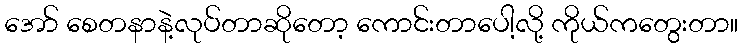
အော် စေတနာနဲ့လုပ်တာဆိုတော့ ကောင်းတာပေါ့လို့ ကိုယ်ကတွေးတာ။